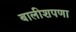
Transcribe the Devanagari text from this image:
बालीशपणा